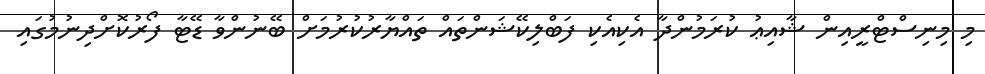
މި މިނިސްޓްރީއިން ޝާއިޢު ކުރަމުންދާ އެކިއެކި ފަބްލިކޭޝަންތައް ތައްޔާރުކުރުމަށް ބޭނުންވާ ޑޭޓާ ފޯރުކޮށްދިނުމުގައި